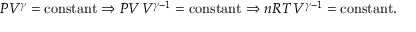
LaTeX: P V ^ { \gamma } = { \mathrm { c o n s t a n t } } \Rightarrow P V \, V ^ { \gamma - 1 } = { \mathrm { c o n s t a n t } } \Rightarrow n R T \, V ^ { \gamma - 1 } = { \mathrm { c o n s t a n t } } .